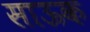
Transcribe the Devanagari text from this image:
साऊक